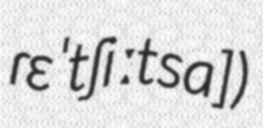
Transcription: ɾɛˈtʃiːtsa])